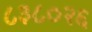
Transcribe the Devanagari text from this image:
८३८०२६